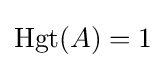
\operatorname {Hgt} (A)=1